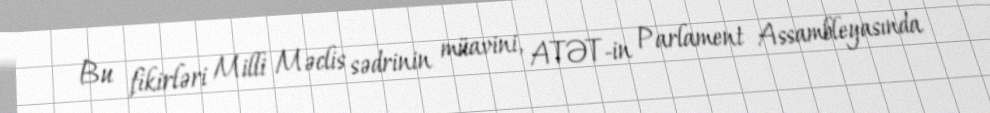
Bu fikirləri Milli Məclis sədrinin müavini, ATƏT-in Parlament Assambleyasında